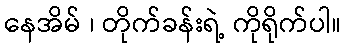
နေအိမ် ၊ တိုက်ခန်းရဲ့ ကိုရိုက်ပါ။